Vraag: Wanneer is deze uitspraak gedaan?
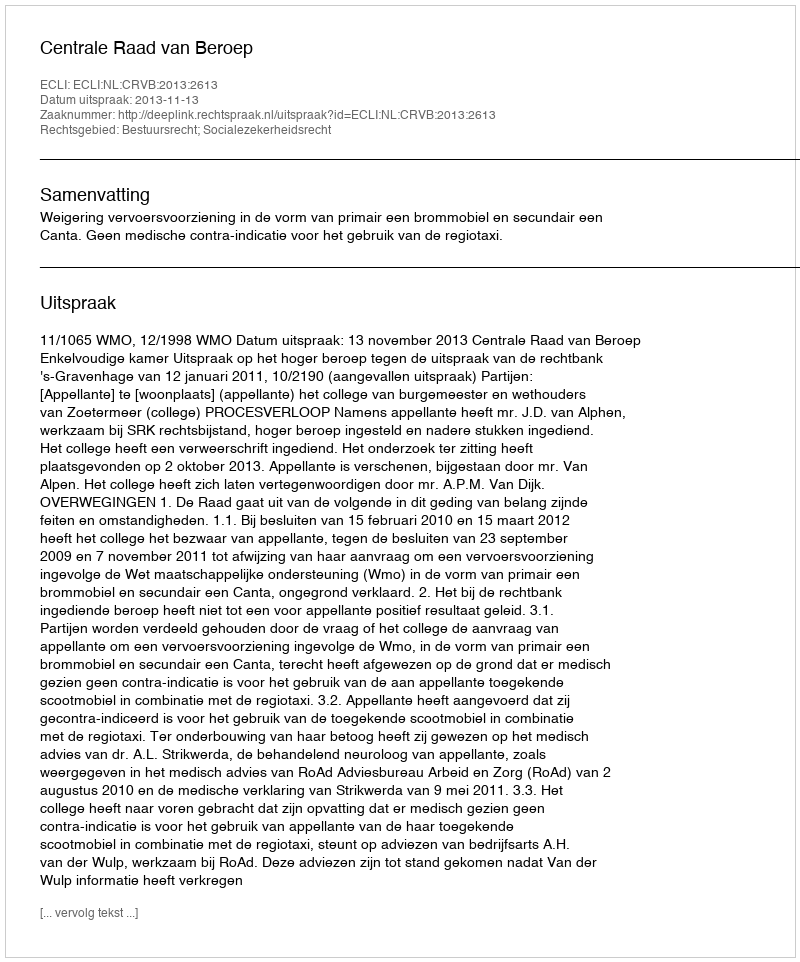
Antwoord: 2013-11-13